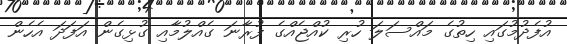
އުފެދުމުގައި ހިތުގެ މައްސަލަ ހުރި ކުއްޖެއްގެ ފުރާނަ ގެއްލުމާއި ގުޅިގެން އަފަދަ އެހެން